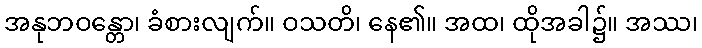
အနုဘဝန္တော၊ ခံစားလျက်။ ဝသတိ၊ နေ၏။ အထ၊ ထိုအခါ၌။ အဿ၊